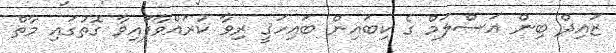
ޒައިދް ބިން އަސްލަމް ގެ ކިބައިން ބައިހަޤީ ރިވާ ކުރައްވާފައިވާ ގޮތުގައި މާތް